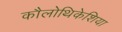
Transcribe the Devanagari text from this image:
कौलोथिकेशिया